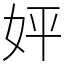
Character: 㛁